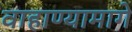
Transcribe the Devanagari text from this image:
वाहाण्यामागे